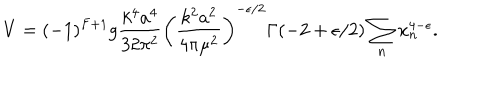
V = ( - 1 ) ^ { F + 1 } g { \frac { k ^ { 4 } a ^ { 4 } } { 3 2 \pi ^ { 2 } } } \left( { \frac { k ^ { 2 } a ^ { 2 } } { 4 \pi \mu ^ { 2 } } } \right) ^ { - \epsilon / 2 } \Gamma ( - 2 + \epsilon / 2 ) \sum _ { n } x _ { n } ^ { 4 - \epsilon } .